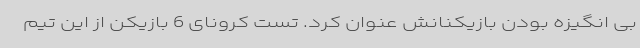
بی انگیزه بودن بازیکنانش عنوان کرد. تست کرونای 6 بازیکن از این تیم